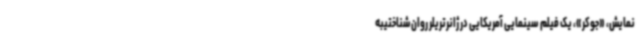
نمایش، «جوکر»، یک فیلم سینمایی آمریکایی در ژانرتریلر روان‌شناختیبه